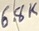
Text: 6.8K